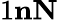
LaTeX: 1\le n\le N